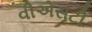
વીએસટી